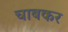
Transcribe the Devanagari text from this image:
चाबकर